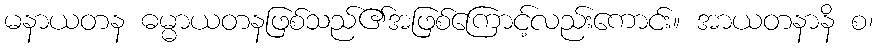
မနာယတန ဓမ္မာယတနဖြစ်သည်၏အဖြစ်ကြောင့်လည်းကောင်း။ အာယတနာနိ စ၊